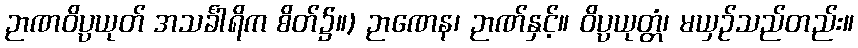
ဉာဏဝိပ္ပယုတ် အသင်္ခါရိက စိတ်၌။) ဉာဏေန၊ ဉာဏ်နှင့်။ ဝိပ္ပယုတ္တံ၊ မယှဉ်သည်တည်း။